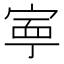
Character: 寕